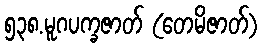
၅၃၈.မူဂပက္ခဇာတ် (တေမိဇာတ်)